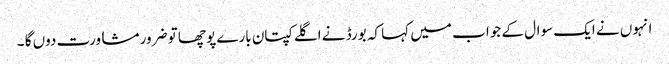
انہوں نے ایک سوال کے جوا ب میں کہا کہ بورڈ نے اگلے کپتان بارے پوچھا تو ضرور مشاورت دوں گا ۔